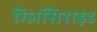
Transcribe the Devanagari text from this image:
ग्लिसिराइड